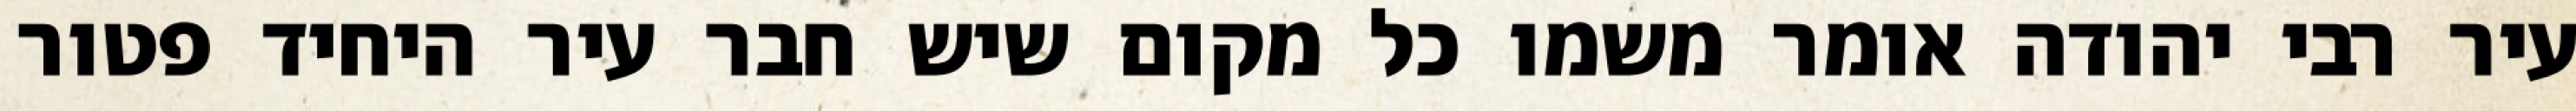
עיר רבי יהודה אומר משמו כל מקום שיש חבר עיר היחיד פטור